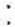
: